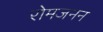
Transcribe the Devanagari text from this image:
रोमजनन